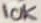
Text: 10K